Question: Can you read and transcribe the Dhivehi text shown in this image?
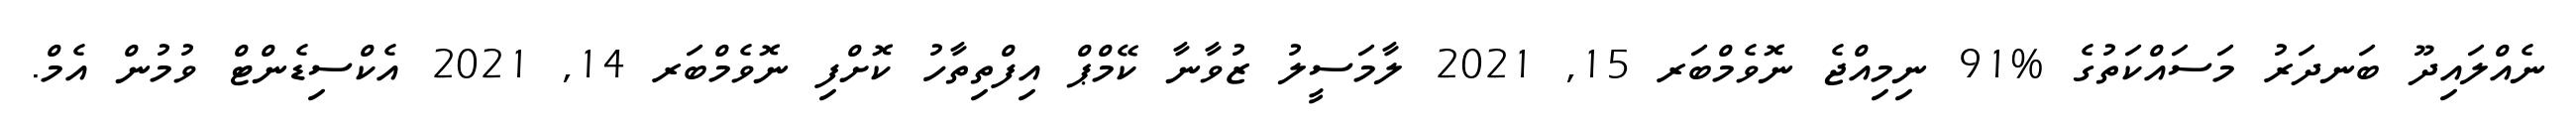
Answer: ނެއްލައިދޫ ބަނދަރު މަސައްކަތުގެ %91 ނިމިއްޖެ ނޮވެމްބަރ 15, 2021 ލާމަސީލު ޒުވާނާ ކޭމްޕް އިފްތިތާހު ކޮށްފި ނޮވެމްބަރ 14, 2021 އެކްސިޑެންޓް ވުމުން އެމް.